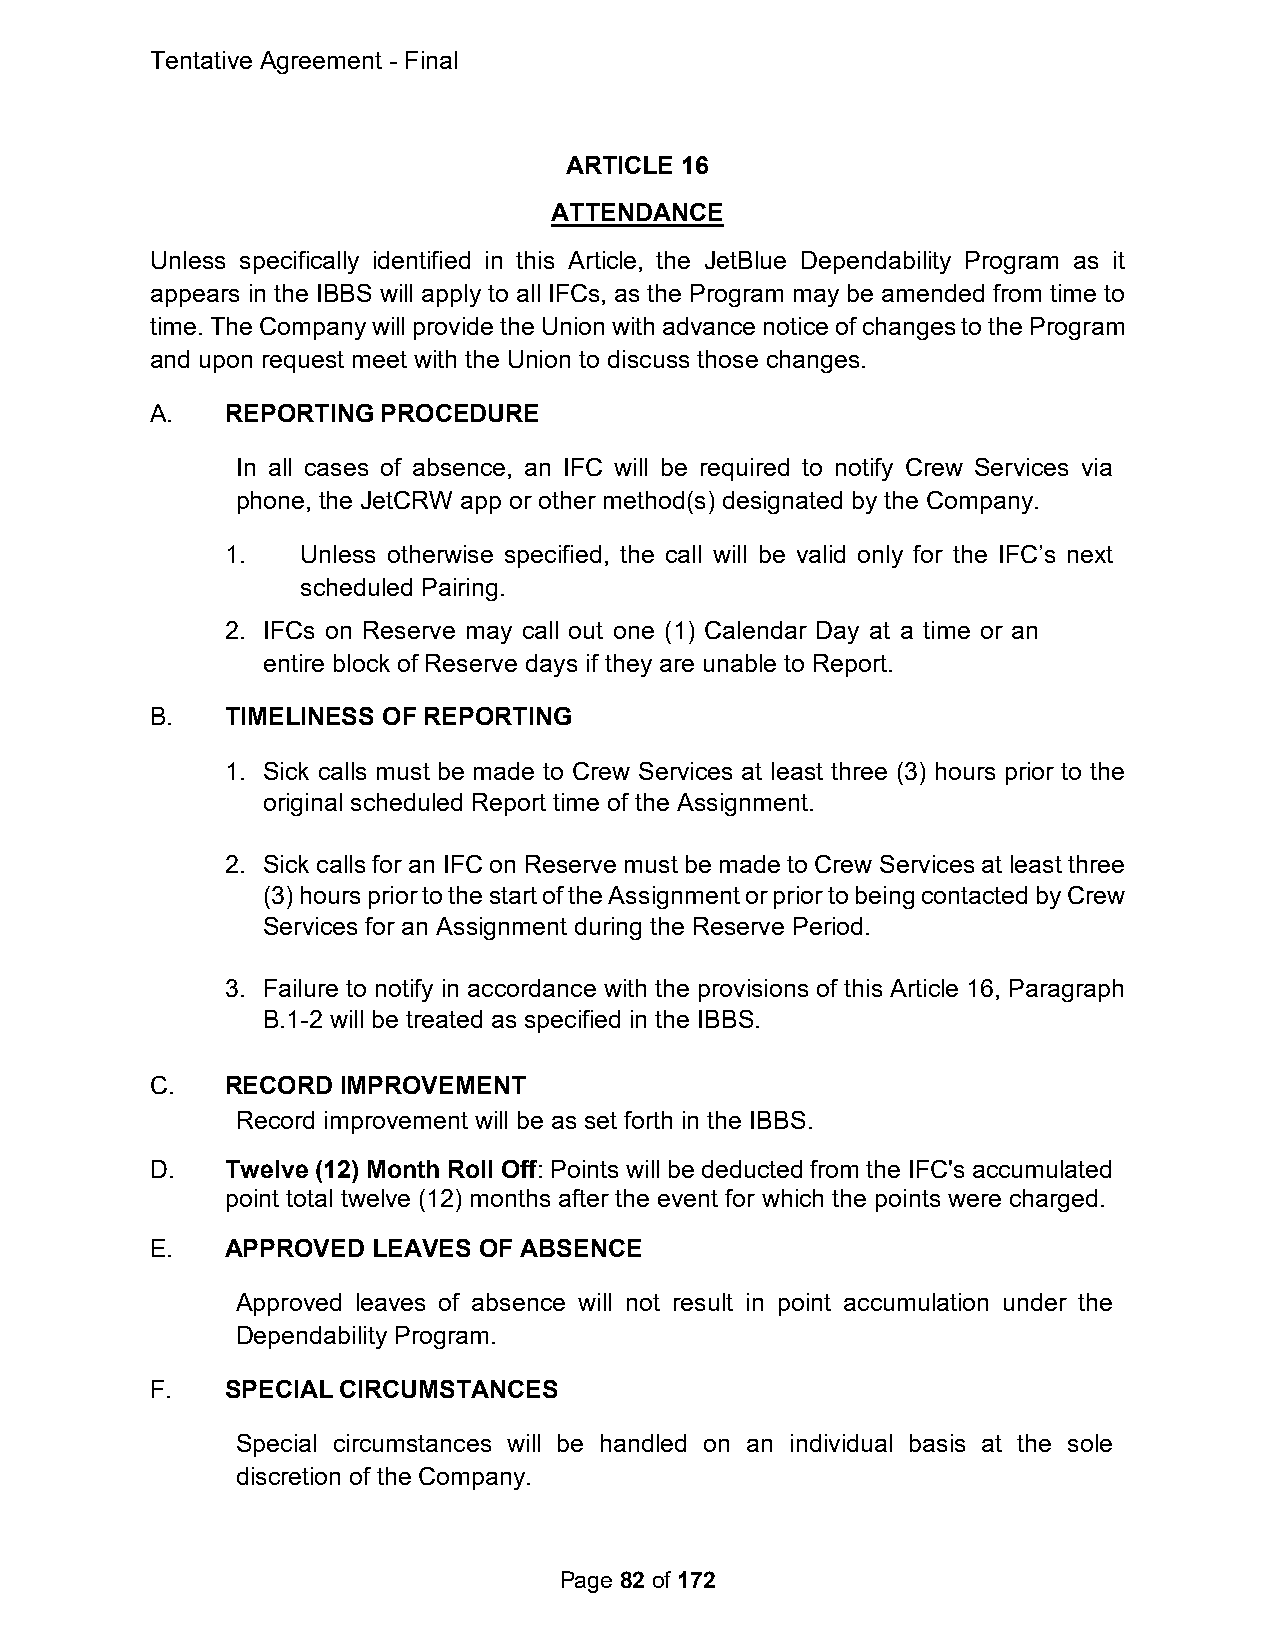
Tentative Agreement - Final
 ARTICLE 16
 ATTENDANCE
 Unless specifically identified in this Article, the JetBlue Dependability Program as it
 appears in the IBBS will apply to all IFCs, as the Program may be amended from time to
 time. The Company will provide the Union with advance notice of changes to the Program
 and upon request meet with the Union to discuss those changes.
 A.   REPORTING PROCEDURE
 In all cases of absence, an IFC will be required to notify Crew Services via
 phone, the JetCRW app or other method(s) designated by the Company.
 1.   Unless otherwise specified, the call will be valid only for the IFC’s next
 scheduled Pairing.
 2. IFCs on Reserve may call out one (1) Calendar Day at a time or an
 entire block of Reserve days if they are unable to Report.
 B.   TIMELINESS OF REPORTING
 1. Sick calls must be made to Crew Services at least three (3) hours prior to the
 original scheduled Report time of the Assignment.
 2. Sick calls for an IFC on Reserve must be made to Crew Services at least three
 (3) hours prior to the start of the Assignment or prior to being contacted by Crew
 Services for an Assignment during the Reserve Period.
 3. Failure to notify in accordance with the provisions of this Article 16, Paragraph
 B.1-2 will be treated as specified in the IBBS.
 C.   RECORD IMPROVEMENT
 Record improvement will be as set forth in the IBBS.
 D.   Twelve (12) Month Roll Off: Points will be deducted from the IFC's accumulated
 point total twelve (12) months after the event for which the points were charged.
 E.   APPROVED  LEAVES OF ABSENCE
 Approved leaves of absence will not result in point accumulation under the
 Dependability Program.
 F.   SPECIAL CIRCUMSTANCES
 Special circumstances will be handled on an individual basis at the sole
 discretion of the Company.
 Page 82 of 172